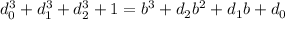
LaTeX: d _ { 0 } ^ { 3 } + d _ { 1 } ^ { 3 } + d _ { 2 } ^ { 3 } + 1 = b ^ { 3 } + d _ { 2 } b ^ { 2 } + d _ { 1 } b + d _ { 0 }